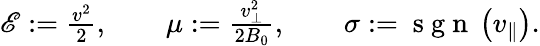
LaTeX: \begin{array}{r}{\mathscr{E}:=\frac{v^{2}}{2},\qquad\mu:=\frac{v_{\perp}^{2}}{2B_{0}},\qquad\sigma:=\mathrm{~s~g~n~}\left(v_{\parallel}\right).}\end{array}